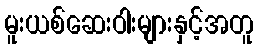
မူးယစ်ဆေးဝါးများနှင့်အတူ